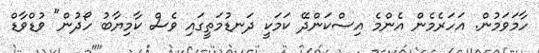
ހާމަވަމުން. އަހަރެމެން އެންމެ އިސްކަންދޭ ކަމަކީ ދަނޑުމަތީގައި ވެސް ކާމިޔާބު ހޯދުން" ވުޑްވާޑް